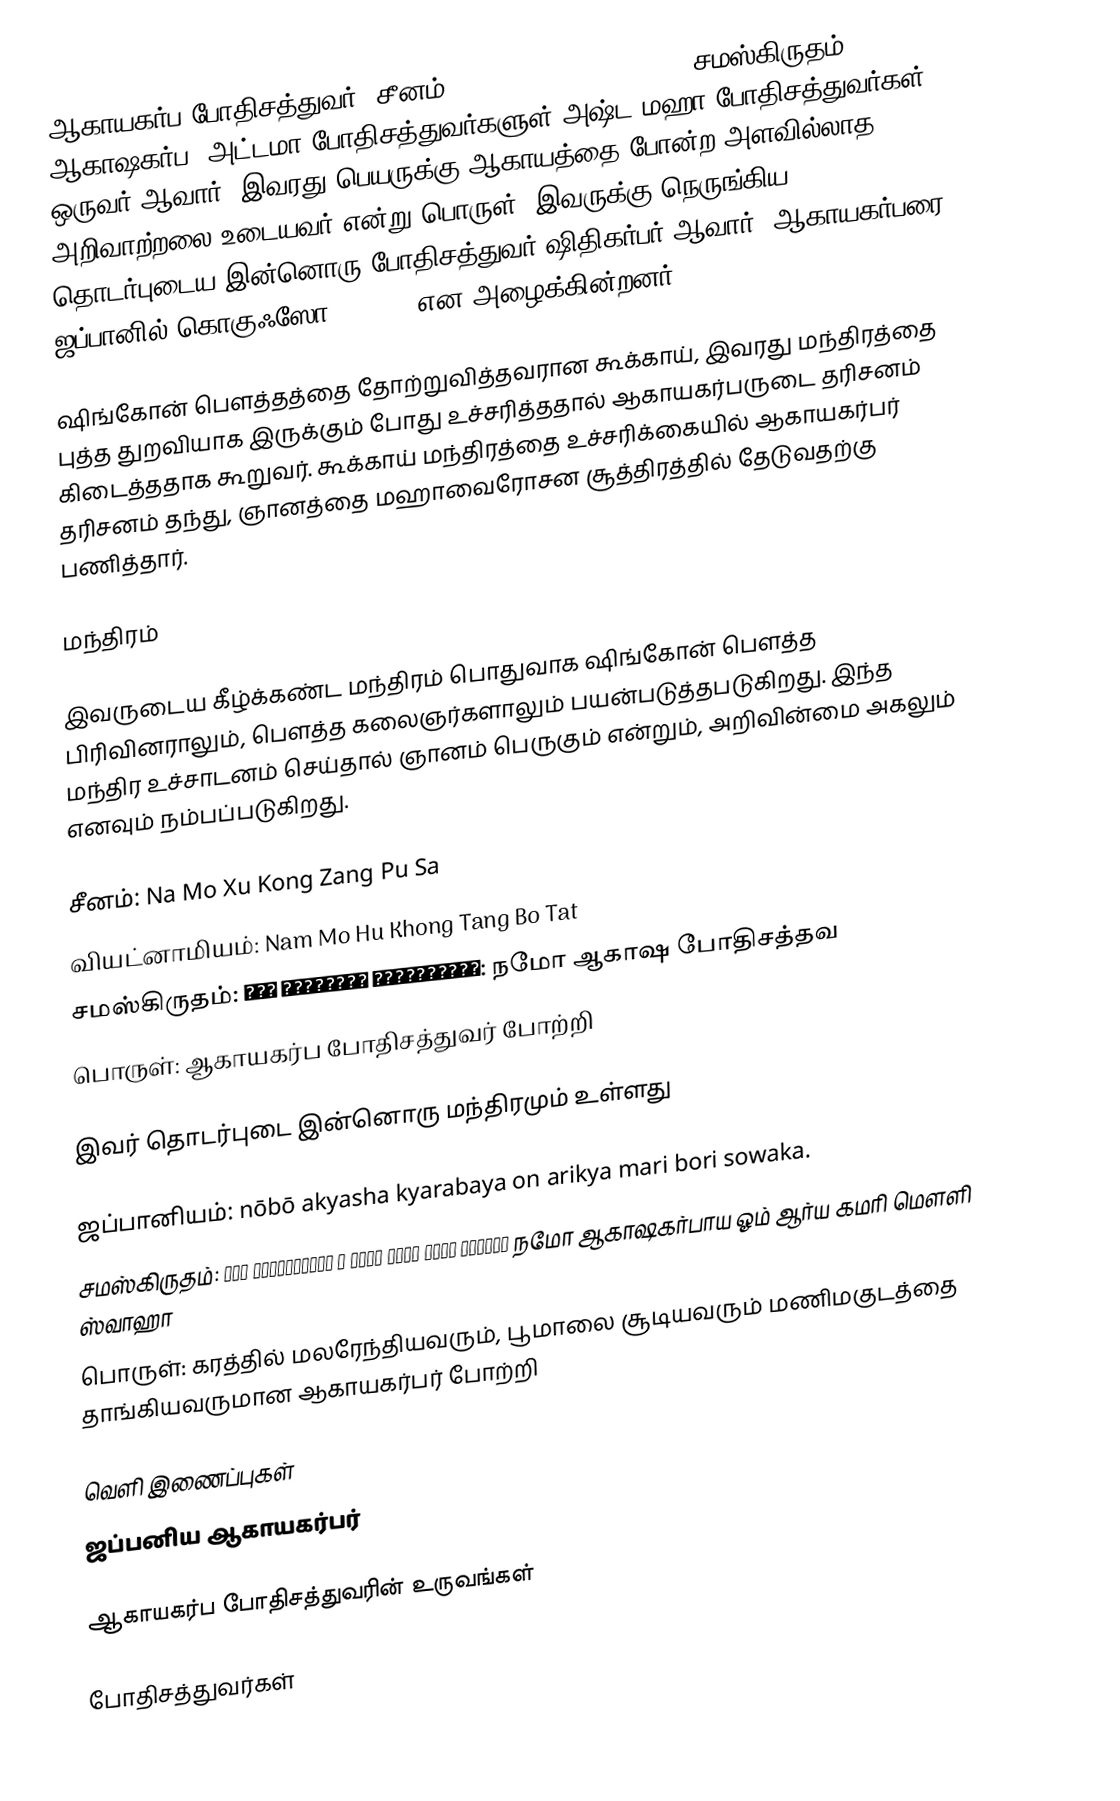
ஆகாயகர்ப போதிசத்துவர் (சீனம்: 虛空藏菩薩 Xūkōngzàng púsà; சமஸ்கிருதம்: आकाशगर्भ ஆகாஷகர்ப) அட்டமா போதிசத்துவர்களுள்(அஷ்ட மஹா போதிசத்துவர்கள்) ஒருவர் ஆவார். இவரது பெயருக்கு ஆகாயத்தை போன்ற அளவில்லாத அறிவாற்றலை உடையவர் என்று பொருள். இவருக்கு நெருங்கிய தொடர்புடைய இன்னொரு போதிசத்துவர் ஷிதிகர்பர் ஆவார். ஆகாயகர்பரை ஜப்பானில் கொகுஃஸோ(Kokūzō) என அழைக்கின்றனர்.

ஷிங்கோன் பௌத்தத்தை தோற்றுவித்தவரான கூக்காய், இவரது மந்திரத்தை புத்த துறவியாக இருக்கும் போது உச்சரித்ததால் ஆகாயகர்பருடை தரிசனம் கிடைத்ததாக கூறுவர். கூக்காய் மந்திரத்தை உச்சரிக்கையில் ஆகாயகர்பர் தரிசனம் தந்து, ஞானத்தை மஹாவைரோசன சூத்திரத்தில் தேடுவதற்கு பணித்தார்.

மந்திரம்

இவருடைய கீழ்க்கண்ட மந்திரம் பொதுவாக ஷிங்கோன் பௌத்த பிரிவினராலும், பௌத்த கலைஞர்களாலும் பயன்படுத்தபடுகிறது. இந்த மந்திர உச்சாடனம் செய்தால் ஞானம் பெருகும் என்றும், அறிவின்மை அகலும் எனவும் நம்பப்படுகிறது.

சீனம்: Na Mo Xu Kong Zang Pu Sa
வியட்னாமியம்: Nam Mo Hu Khong Tang Bo Tat
சமஸ்கிருதம்: नमो आकाशकर्भ बोधिसत्त्व: நமோ ஆகாஷ போதிசத்தவ
பொருள்: ஆகாயகர்ப போதிசத்துவர் போற்றி

இவர் தொடர்புடை இன்னொரு மந்திரமும் உள்ளது

ஜப்பானியம்: nōbō akyasha kyarabaya on arikya mari bori sowaka.
சமஸ்கிருதம்: नमो अकाशगर्भाय ॐ आर्य कमरि मौलि स्वाहा நமோ ஆகாஷகர்பாய ஓம் ஆர்ய கமரி மௌளி ஸ்வாஹா
பொருள்: கரத்தில் மலரேந்தியவரும், பூமாலை சூடியவரும் மணிமகுடத்தை தாங்கியவருமான ஆகாயகர்பர் போற்றி

வெளி இணைப்புகள்
ஜப்பனிய ஆகாயகர்பர்

ஆகாயகர்ப போதிசத்துவரின் உருவங்கள்

போதிசத்துவர்கள்